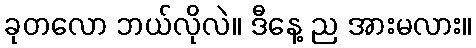
ခုတလော ဘယ်လိုလဲ။ ဒီနေ့ ည အားမလား။